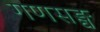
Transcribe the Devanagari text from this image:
गणसङ्घ